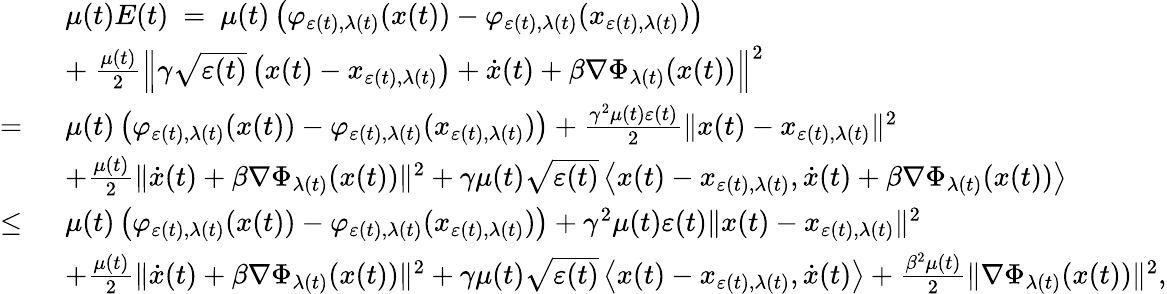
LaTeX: \begin{array}{rl}&{\mu(t)E(t)\ =\ \mu(t)\left(\varphi_{\varepsilon(t),\lambda(t)}(x(t))-\varphi_{\varepsilon(t),\lambda(t)}(x_{\varepsilon(t),\lambda(t)})\right)}\\ &{+\ \frac{\mu(t)}{2}\left\| \gamma\sqrt{\varepsilon(t)}\left(x(t)-x_{\varepsilon(t),\lambda(t)}\right)+\dot{x}(t)+\beta\nabla\Phi_{\lambda(t)}(x(t))\right\| ^{2}}\\ {=\ }&{\mu(t)\left(\varphi_{\varepsilon(t),\lambda(t)}(x(t))-\varphi_{\varepsilon(t),\lambda(t)}(x_{\varepsilon(t),\lambda(t)})\right)+\frac{\gamma^{2}\mu(t)\varepsilon(t)}{2}\| x(t)-x_{\varepsilon(t),\lambda(t)}\| ^{2}}\\ &{+\frac{\mu(t)}{2}\| \dot{x}(t)+\beta\nabla\Phi_{\lambda(t)}(x(t))\| ^{2}+\gamma\mu(t)\sqrt{\varepsilon(t)}\left\langle x(t)-x_{\varepsilon(t),\lambda(t)},\dot{x}(t)+\beta\nabla\Phi_{\lambda(t)}(x(t))\right\rangle}\\ {\leq\ }&{\mu(t)\left(\varphi_{\varepsilon(t),\lambda(t)}(x(t))-\varphi_{\varepsilon(t),\lambda(t)}(x_{\varepsilon(t),\lambda(t)})\right)+\gamma^{2}\mu(t)\varepsilon(t)\| x(t)-x_{\varepsilon(t),\lambda(t)}\| ^{2}}\\ &{+\frac{\mu(t)}{2}\| \dot{x}(t)+\beta\nabla\Phi_{\lambda(t)}(x(t))\| ^{2}+\gamma\mu(t)\sqrt{\varepsilon(t)}\left\langle x(t)-x_{\varepsilon(t),\lambda(t)},\dot{x}(t)\right\rangle+\frac{\beta^{2}\mu(t)}{2}\| \nabla\Phi_{\lambda(t)}(x(t))\| ^{2},}\end{array}